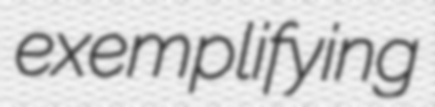
exemplifying